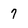
Character: 7